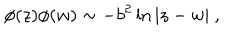
\phi ( z ) \phi ( w ) \sim - b ^ { 2 } \ln | z - w | ~ , ~ ~ ~